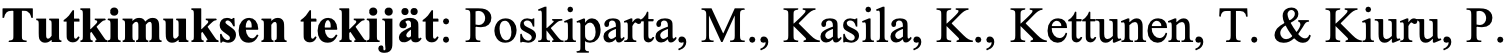
Tutkimuksen tekijät: Poskiparta, M., Kasila, K., Kettunen, T. & Kiuru, P.